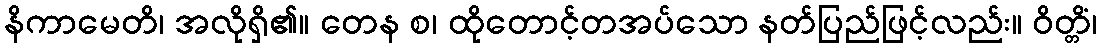
နိကာမေတိ၊ အလိုရှိ၏။ တေန စ၊ ထိုတောင့်တအပ်သော နတ်ပြည်ဖြင့်လည်း။ ဝိတ္တိံ၊